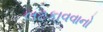
લટકાવવાનો